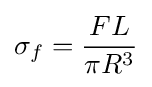
\sigma _{f}={\frac {FL}{\pi R^{3}}}